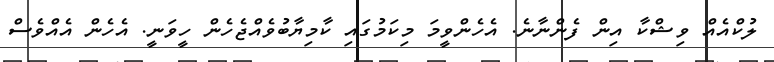
ލުކްއެއް ވިޝްކާ އިން ފެންނާނެ. އެހެންވީމަ މިކަމުގައި ކާމިޔާބުވެއްޖެހެން ހީވަނީ. އެހެން އެއްވެސް